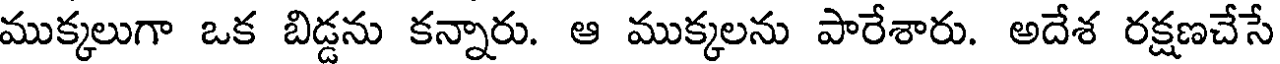
ముక్కలుగా ఒక బిడ్డను కన్నారు. ఆ ముక్కలను పారేశారు. అదేశ రక్షణచేసే